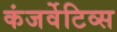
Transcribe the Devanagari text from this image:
कंजर्वेटिव्स